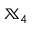
{ \mathbb X } _ { 4 }